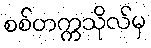
စစ်တက္ကသိုလ်မှ